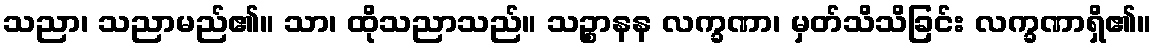
သညာ၊ သညာမည်၏။ သာ၊ ထိုသညာသည်။ သဉ္စာနန လက္ခဏာ၊ မှတ်သိသိခြင်း လက္ခဏာရှိ၏။